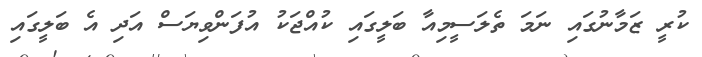
ކުރީ ޒަމާނުގައި ނަމަ ތެލަސީމިއާ ބަލީގައި ކުއްޖަކު އުފަންވިޔަސް އަދި އެ ބަލީގައި